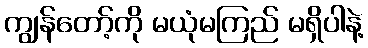
ကျွန်တော့်ကို မယုံမကြည် မရှိပါနဲ့